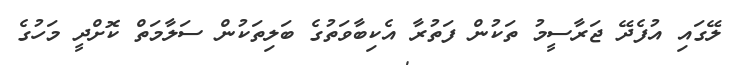
ލޭގައި އުފެދޭ ޖަރާސީމު ތަކުން ފަތުރާ އެކިބާވަތުގެ ބަލިތަކުން ސަލާމަތް ކޮށްދީ މަހުގެ